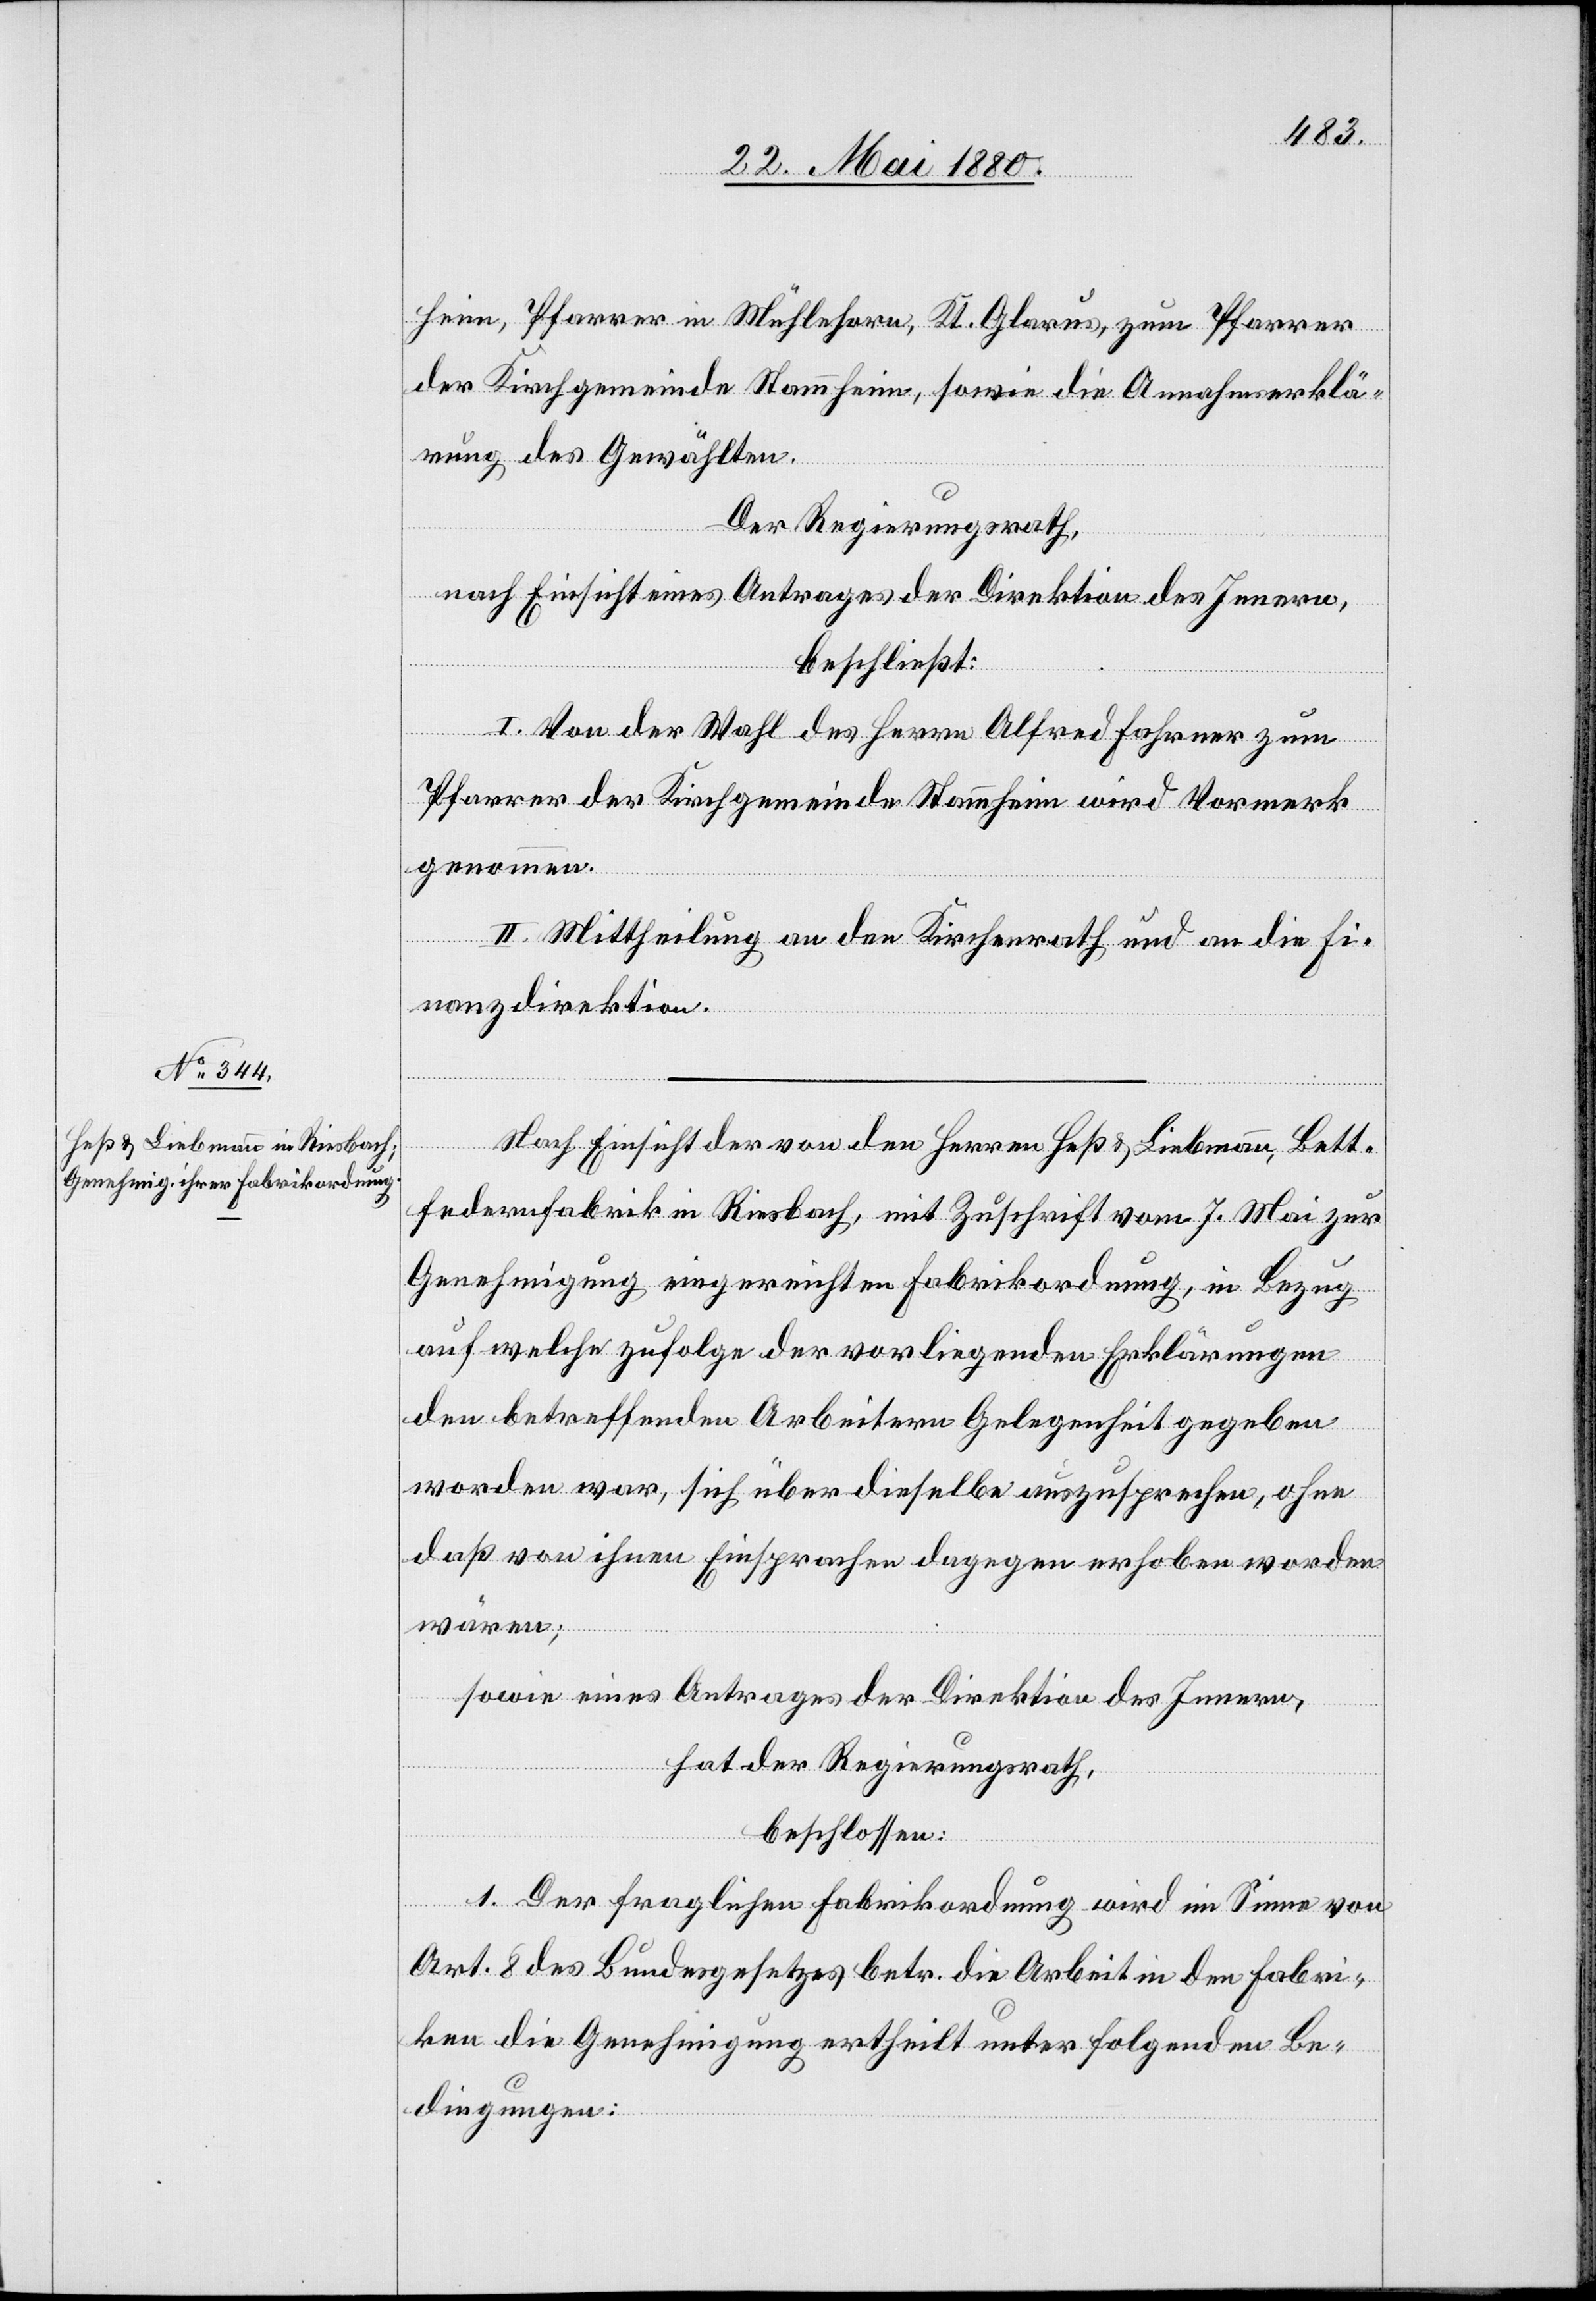
heim, Pfarrer in Mühlehorn, Kt. Glarus, zum Pfarrer
der Kirchgemeinde Stammheim, sowie die Annahmserklä¬
rung des Gewählten.
Der Regierungsrath,
nach Einsicht eines Antrages der Direktion des Innern,
beschließt:
I. Von der Wahl des Herrn Alfred Fahrner zum
Pfarrer der Kirchgemeinde Stammheim wird Vormerk
genommen.
II. Mittheilung an den Kirchenrath und an die Fi¬
nanzdirektion.
Nach Einsicht der von den Herren Heß & Liebmann, Bett¬
federnfabrik in Riesbach, mit Zuschrift vom 7. Mai zur
Genehmigung eingereichten Fabrikordnung, in Bezug
auf welche zufolge der vorliegenden Erklärungen
den betreffenden Arbeitern Gelegenheit gegeben
worden war, sich über dieselbe auszusprechen, ohne
daß von ihnen Einsprachen dagegen erhoben worden
wären;
sowie eines Antrages der Direktion des Innern,
hat der Regierungsrath,
beschlossen:
1. Der fraglichen Fabrikordnung wird im Sinne von
Art. 8 des Bundesgesetzes betr. die Arbeit in den Fabri¬
ken die Genehmigung ertheilt unter folgenden Be¬
dingungen: